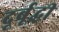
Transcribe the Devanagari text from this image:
दूर्बूद्धी